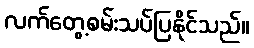
လက်တွေ့စမ်းသပ်ပြနိုင်သည်။